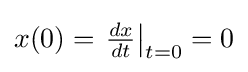
{\textstyle x(0)=\left.{\frac {dx}{dt}}\right|_{t=0}=0}